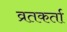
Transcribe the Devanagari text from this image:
व्रतकर्ता